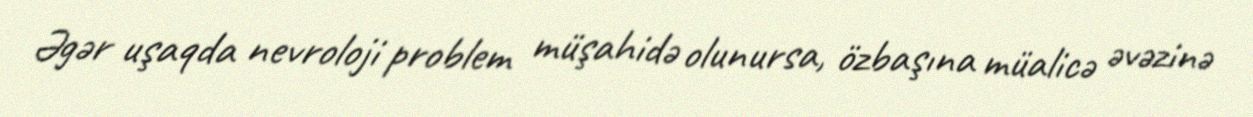
Əgər uşaqda nevroloji problem müşahidə olunursa, özbaşına müalicə əvəzinə